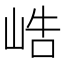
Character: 峼